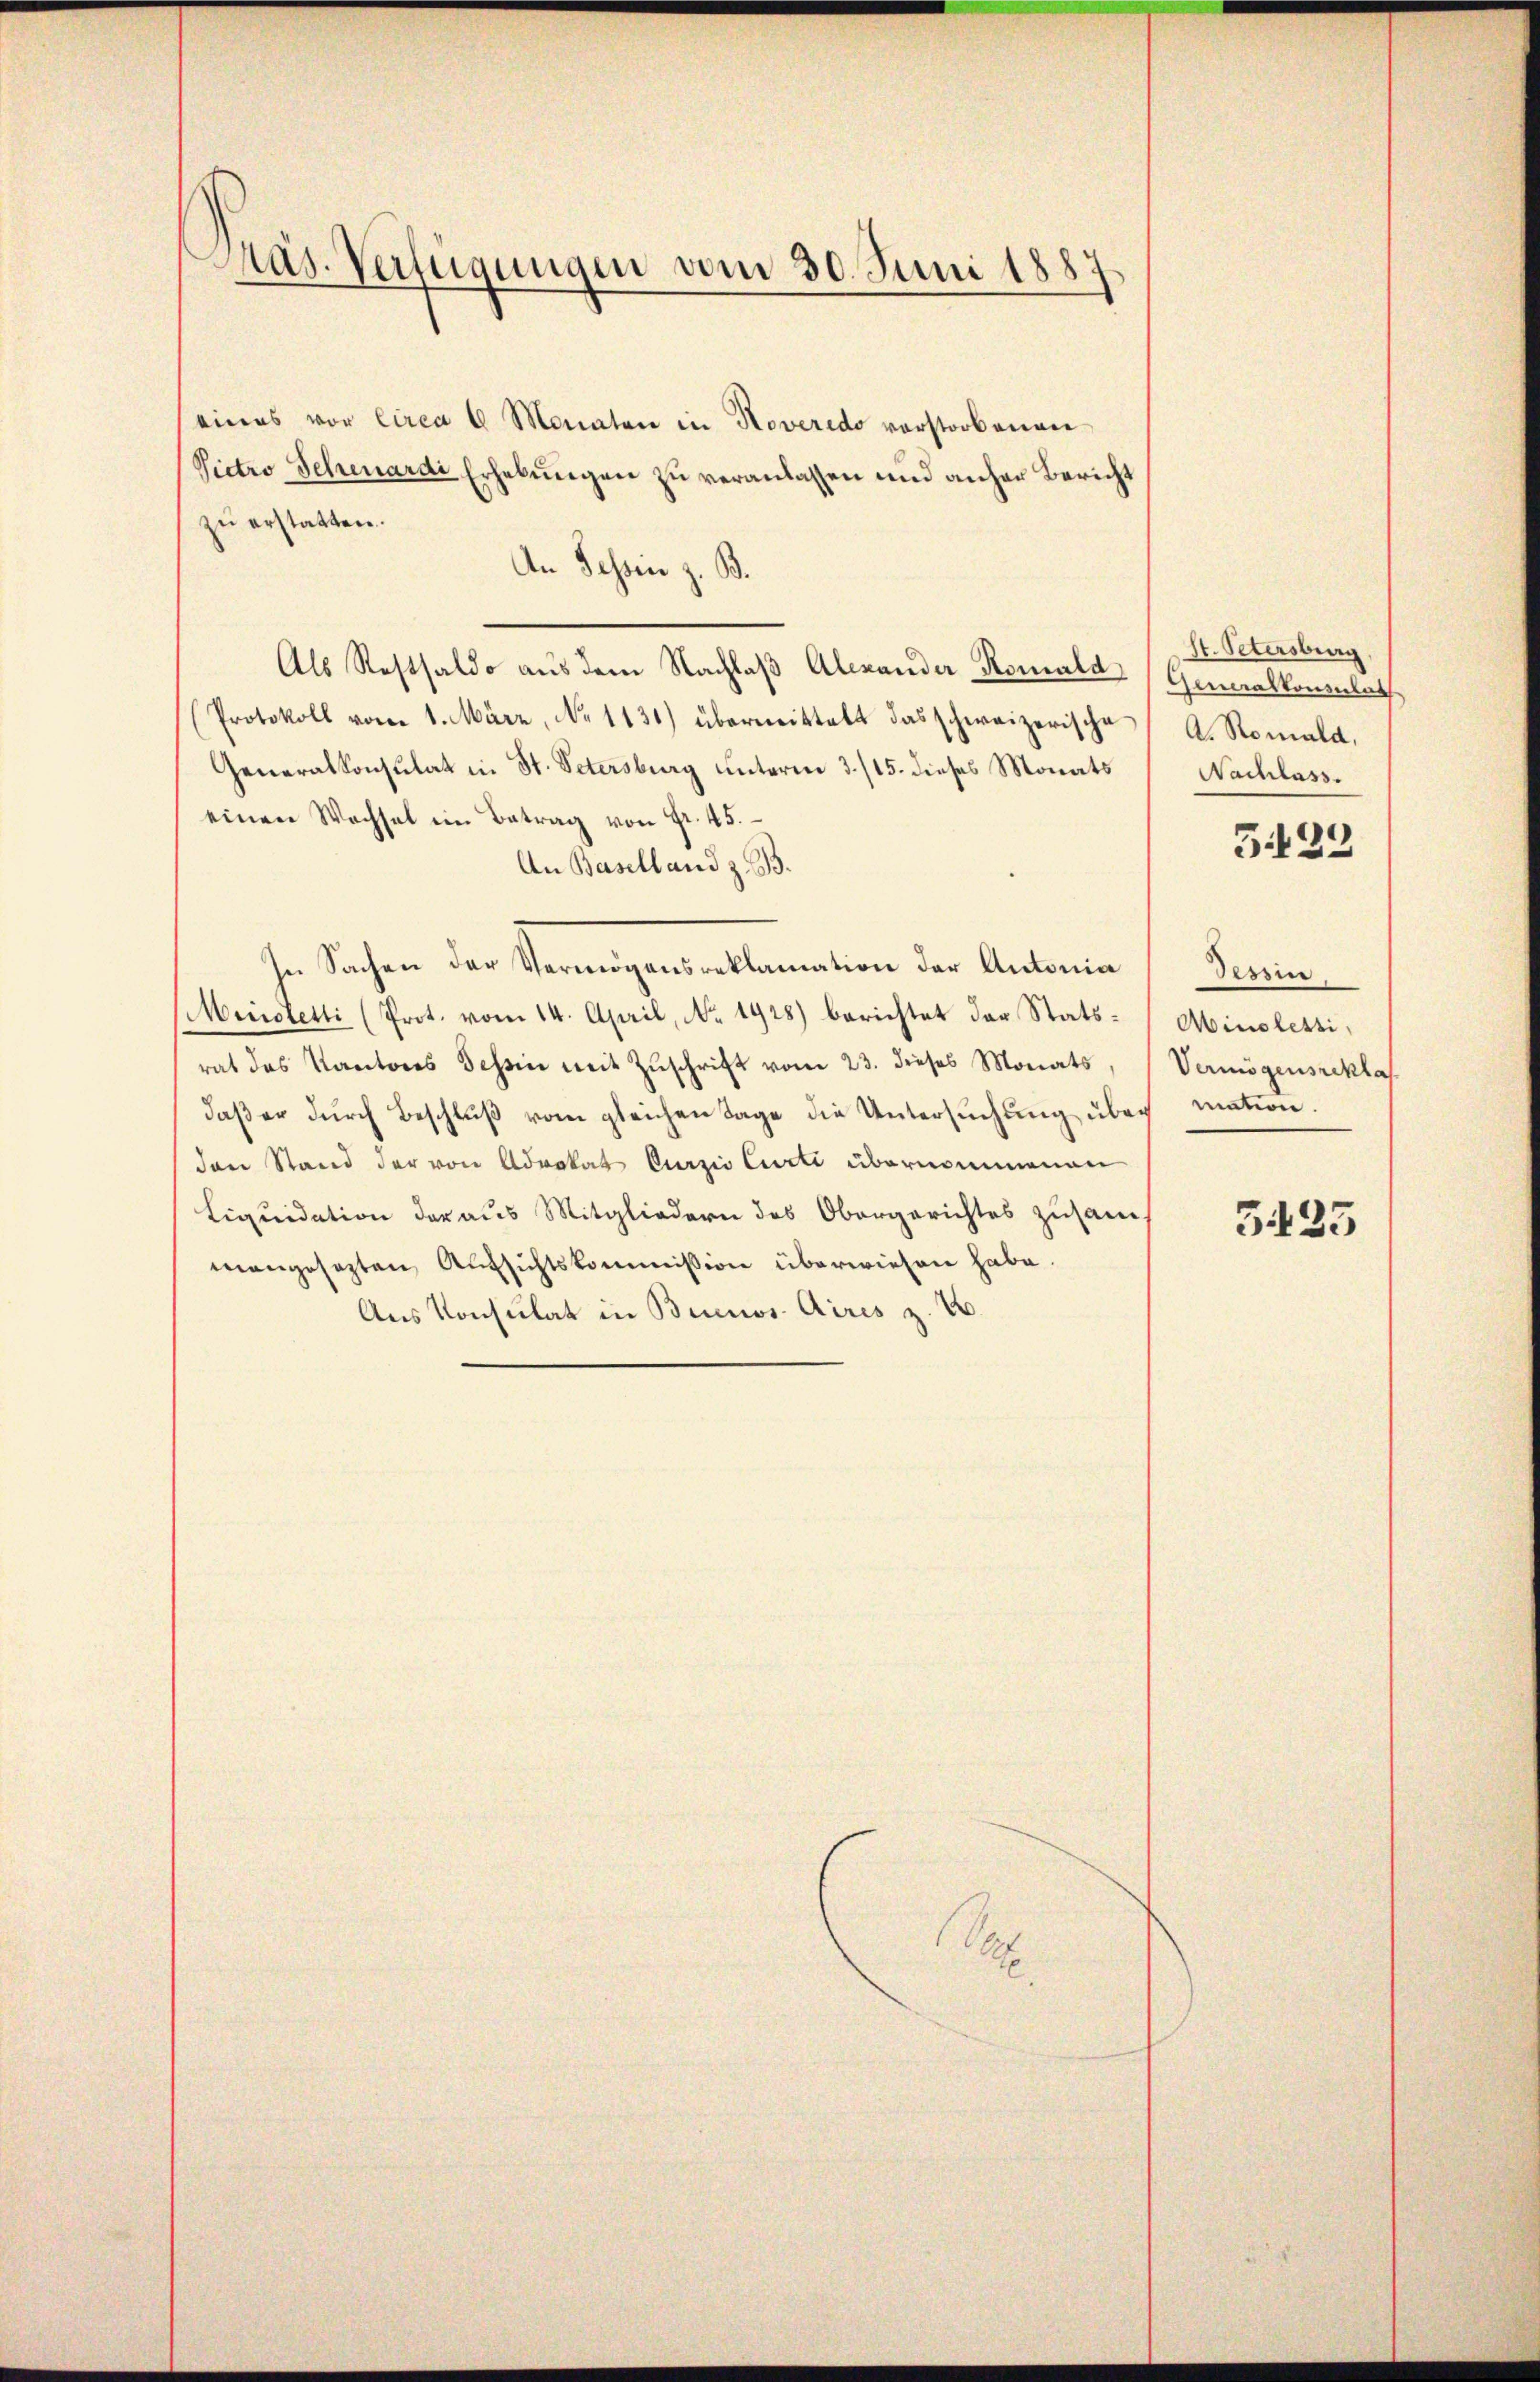
Pras. Verfügungen vom 30. Juni 1887

eines vor circa 6 Monaten in Roveredo verstorbenen
Vietro Schenardi Erhebŭngen zu veranlassen und anher Bericht
zu erstatten.
An Tessin z. B.
Als Restsaldo aus dem Nachlaß Alexander Romald
Protokoll vom 1. März, No 1131.) übermittelt das schweizerische
Generalkonsulat in St. Petersburg unterm 3./15. dieses Monats
einen Wechsel im Betrag von Fr. 45.
An Baselland z. B.
In Sachen der Vermögensreklamation der Antonia
Ministetti (Prot. vom 14. April, No. 1928) berichtet der Statsrat des Kantons Tessin mit Zŭschrift vom 23. dieses Monats,
daß er durch Beschluß vom gleichen Tage die Untersuchung über
den Stand der von Advokat Curzis Curti übernommenen
Liquidation der aus Mitgliedern des Obergerichtes zusam-
mangesezten Aufsichtskommission überwiesen habe.
Aus Konsulat in Buenos Aires z. B.

1

St. Petersburg.
Generalkonsulat
A. Romald,
Nachlass.
e
3

Tessin
Ainolessi
Vermögensreklag
mation.

5423